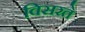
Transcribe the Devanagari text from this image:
विसरते